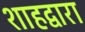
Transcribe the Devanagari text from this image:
शाहद्वारा